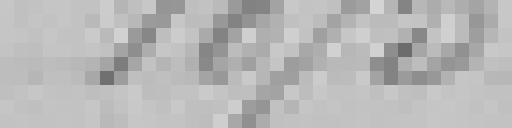
1875